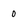
Character: 0